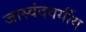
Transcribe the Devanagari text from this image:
जास्वंदवर्गीय